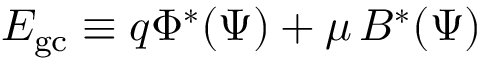
{ \cal E } _ { \mathrm { g c } } \equiv q \Phi ^ { * } ( \Psi ) + \mu \, B ^ { * } ( \Psi )